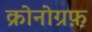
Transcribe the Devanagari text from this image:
क्रोनोग्रफ़